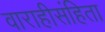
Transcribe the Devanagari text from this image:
वाराहीसंहिता